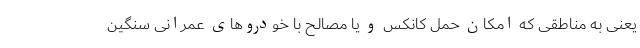
یعنی به مناطقی که امکان حمل کانکس و یا مصالح با خودروهای عمرانی سنگین